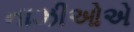
નાઝીઓએ